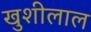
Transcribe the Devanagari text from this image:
खुशीलाल